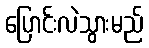
ပြောင်းလဲသွားမည်